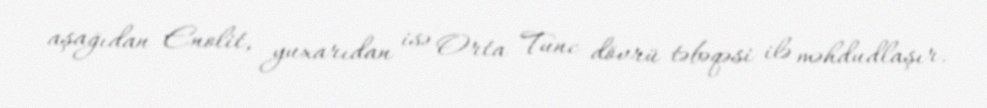
aşağıdan Enolit, yuxarıdan isə Orta Tunc dövrü təbəqəsi ilə məhdudlaşır.